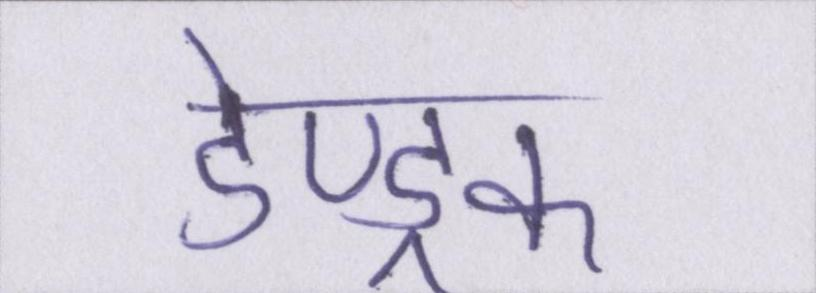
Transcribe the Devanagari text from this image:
डेण्ड्रफ